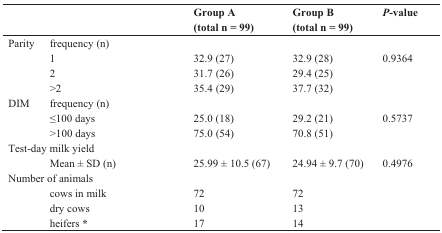
| <COLSPAN=2>  | Group A(total n = 99) | Group B(total n = 99) | P-value |
 | --- | --- | --- | --- | --- |
 | Parity | frequency (n) |  |  |  |
 |  | 1 | 32.9 (27) | 32.9 (28) | 0.9364 |
 |  | 2 | 31.7 (26) | 29.4 (25) |  |
 |  | >2 | 35.4 (29) | 37.7 (32) |  |
 | DIM | frequency (n) |  |  |  |
 |  | ≤100 days | 25.0 (18) | 29.2 (21) | 0.5737 |
 |  | >100 days | 75.0 (54) | 70.8 (51) |  |
 | <COLSPAN=2> Test-day milk yield |  |  |  |
 |  | Mean ± SD (n) | 25.99 ± 10.5 (67) | 24.94 ± 9.7 (70) | 0.4976 |
 | <COLSPAN=2> Number of animals |  |  |  |
 |  | cows in milk | 72 | 72 |  |
 |  | dry cows | 10 | 13 |  |
 |  | heifers * | 17 | 14 |  |